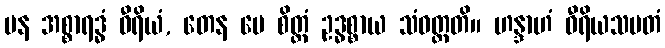
ပန အစ္စာရဒ္ဓံ ဝီရိယံ, တေန မေ စိတ္တံ ဥဒ္ဓစ္စာယ သံဝတ္တတိ။ ဟန္ဒာဟံ ဝီရိယသမတံ